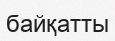
байқатты